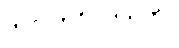
ကလဟဝိဝါဒသုတ်။